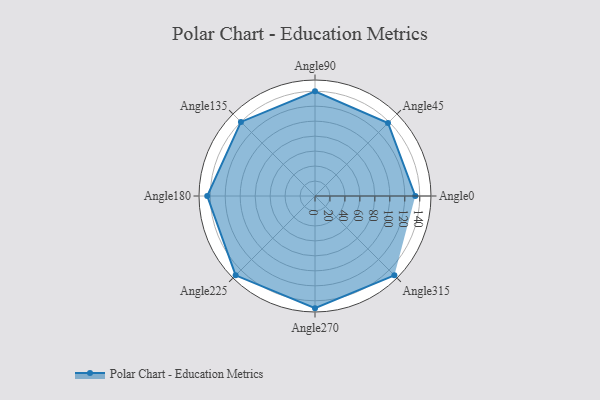
{"axis": {"x": "Angle", "y": "Radius"}, "legend": [""], "data": [{"x": "Angle0", "y": 134.0, "type": ""}, {"x": "Angle45", "y": 138.0, "type": ""}, {"x": "Angle90", "y": 140.0, "type": ""}, {"x": "Angle135", "y": 140.0, "type": ""}, {"x": "Angle180", "y": 144.0, "type": ""}, {"x": "Angle225", "y": 150.0, "type": ""}, {"x": "Angle270", "y": 150.0, "type": ""}, {"x": "Angle315", "y": 150.0, "type": ""}]}